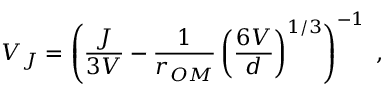
V _ { J } = \left( \frac { J } { 3 V } - \frac { 1 } { r _ { O M } } \left( \frac { 6 V } { d } \right) ^ { 1 / 3 } \right) ^ { - 1 } \; ,